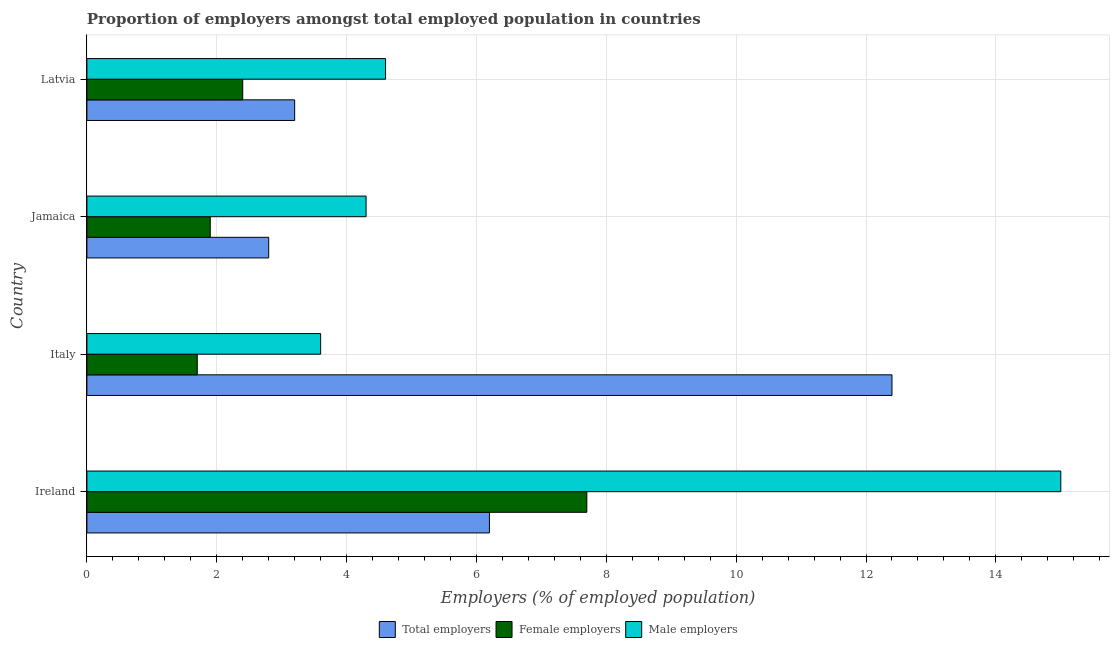
| Country | Total employers | Female employers | Male employers |
 | --- | --- | --- | --- |
 | Ireland | 6.2 | 7.7 | 15 |
 | Italy | 12.4 | 1.7 | 3.6 |
 | Jamaica | 2.8 | 1.9 | 4.3 |
 | Latvia | 3.2 | 2.4 | 4.6 |